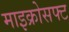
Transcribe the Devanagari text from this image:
माइक्रोसफ्ट